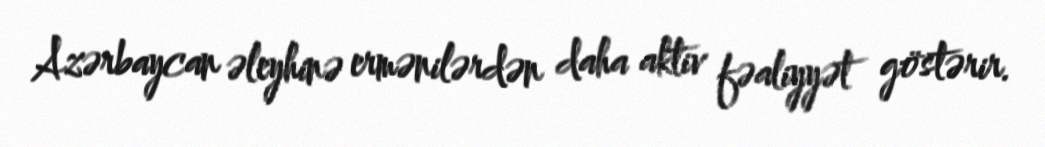
Azərbaycan əleyhinə ermənilərdən daha aktiv fəaliyyət göstərir.